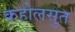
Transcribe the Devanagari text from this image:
कहोलसुत